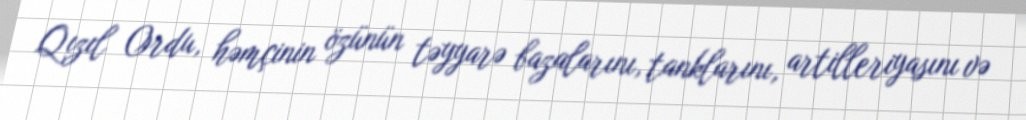
Qızıl Ordu, həmçinin özünün təyyarə bazalarını, tanklarını, artilleriyasını və